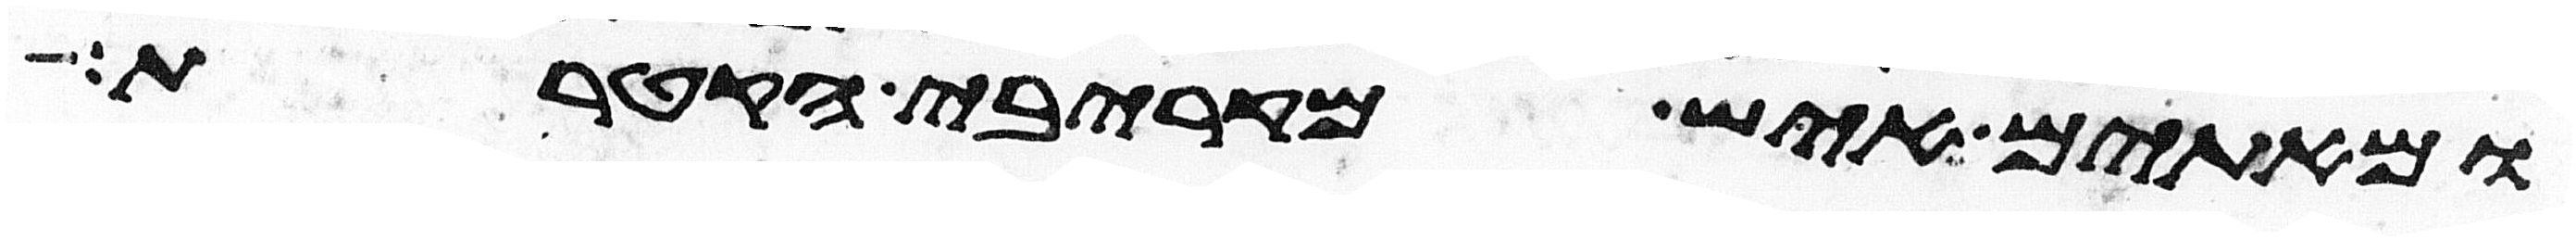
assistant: ומאתים איש מקרבי הקטרת